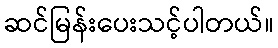
ဆင်မြန်းပေးသင့်ပါတယ်။